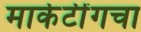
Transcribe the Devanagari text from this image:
मार्केटींगचा